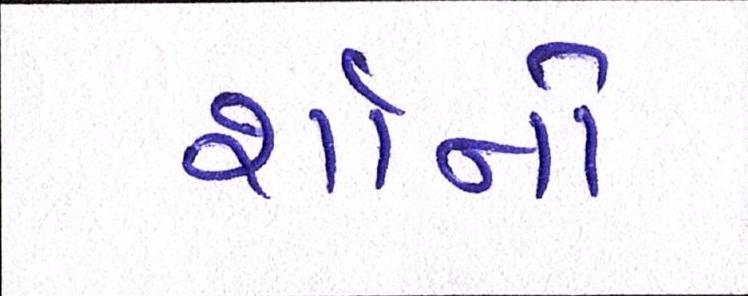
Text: શૉનો